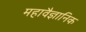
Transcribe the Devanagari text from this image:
महावैज्ञानिक